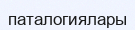
паталогиялары